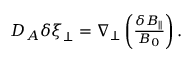
\begin{array} { r } { D _ { A } \delta \boldsymbol { \xi } _ { \perp } = \nabla _ { \perp } \left( \frac { \delta B _ { \parallel } } { B _ { 0 } } \right) . } \end{array}